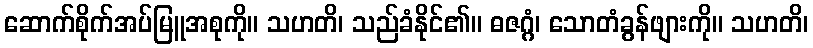
ဆောက်စိုက်အပ်မြူအစုကို။ သဟတိ၊ သည်ခံနိုင်၏။ ဓဇဂ္ဂံ၊ သောတံခွန်ဖျားကို။ သဟတိ၊